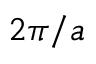
2 \pi / a